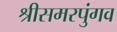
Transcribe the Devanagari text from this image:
श्रीसमरपुंगव